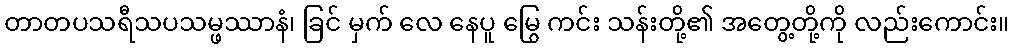
တာတပသရီသပသမ္ဖဿာနံ၊ ခြင် မှက် လေ နေပူ မြွေ ကင်း သန်းတို့၏ အတွေ့တို့ကို လည်းကောင်း။